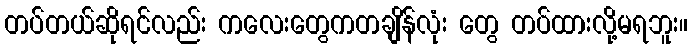
တပ်တယ်ဆိုရင်လည်း ကလေးတွေကတချိန်လုံး တွေ တပ်ထားလို့မရဘူး။